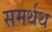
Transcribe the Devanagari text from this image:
समर्थथ